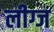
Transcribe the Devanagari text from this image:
लीग्ज